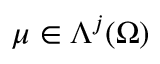
\mu \in \Lambda ^ { j } ( \Omega )